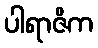
ပါရာဇိက